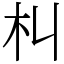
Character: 朻